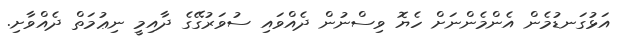
އަޅުގަނޑުމެން އެންމެންނަށް ހެޔޮ ވިސްނުން ދެއްވައި ސުވަރުގޭގެ ދާއިމީ ނިޢުމަތް ދެއްވާށި.